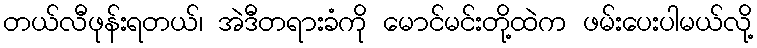
တယ်လီဖုန်းရတယ်၊ အဲဒီတရားခံကို မောင်မင်းတို့ထဲက ဖမ်းပေးပါမယ်လို့